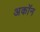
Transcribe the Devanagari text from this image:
अकॉन